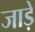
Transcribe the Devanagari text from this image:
जाड़ें